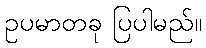
ဥပမာတခု ပြပါမည်။